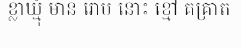
ខ្លាឃ្មុំ មាន រោម នោះ ខ្មៅ គគ្រាត